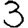
Digit: 3